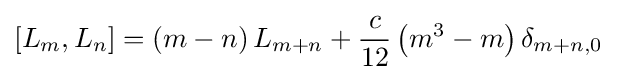
[L_{m},L_{n}]=\left(m-n\right)L_{m+n}+{c \over 12}\left(m^{3}-m\right)\delta _{m+n,0}